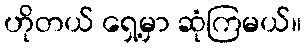
ဟိုတယ် ရှေ့မှာ ဆုံကြမယ်။